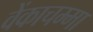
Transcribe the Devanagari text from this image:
वेंकाचम्मा